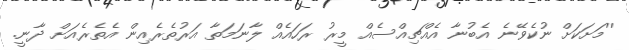
''މަށަކަށް ނުކެވޭނެ އެބުނާ އެއްޗިއްސެއް މީރު ރަހައެއް ލާނަމަތާ އަރުތެރެއިން އެތެރެއަށް ދާނީ.